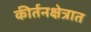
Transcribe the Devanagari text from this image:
कीर्तनक्षेत्रात